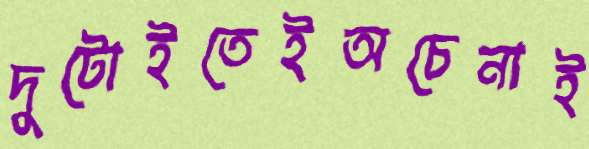
দুটোইতেইঅচেনাই